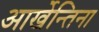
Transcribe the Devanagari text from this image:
आर्खेन्तिना